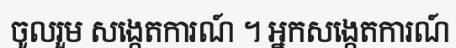
ចូលរួម សង្កេតការណ៍ ។ អ្នកសង្កេតការណ៍